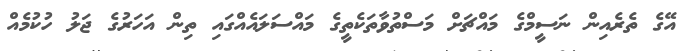
އޭގެ ތެރެއިން ނަސީމްގެ މައްޗަށް މަސްތުވާތަކެތީގެ މައްސަލައެއްގައި ތިން އަހަރުގެ ޖަލު ހުކުމެއް